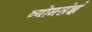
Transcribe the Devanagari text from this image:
व्योमसंज्ञं